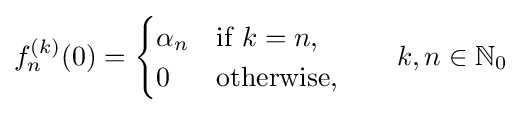
f_{n}^{(k)}(0)={\begin{cases}\alpha _{n}&{\text{if }}k=n,\\0&{\text{otherwise,}}\end{cases}}\qquad k,n\in \mathbb {N} _{0}